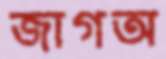
জাগঅ